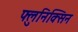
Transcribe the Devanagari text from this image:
फ्लुनिक्सिन